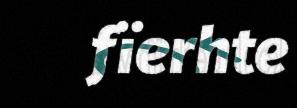
fïerhte